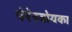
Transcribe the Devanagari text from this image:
पेरेस्त्रोयका